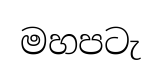
මහපටැ